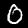
Label: 0